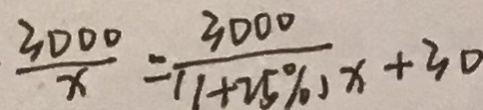
\frac { 3 0 0 0 } { x } = \frac { 3 0 0 0 } { ( 1 + 2 5 \% ) x } + 3 0